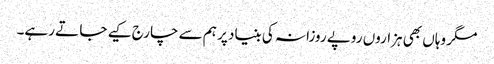
مگر وہاں بھی ہزاروں روپے روزانہ کی بنیاد پر ہم سے چارج کیے جا تے رہے۔